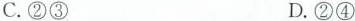
C.②③ D.②④